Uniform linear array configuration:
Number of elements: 12
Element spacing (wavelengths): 0.25
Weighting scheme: exponential
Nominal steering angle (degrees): -15
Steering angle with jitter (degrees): -15.452
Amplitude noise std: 0.05
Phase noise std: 0.05

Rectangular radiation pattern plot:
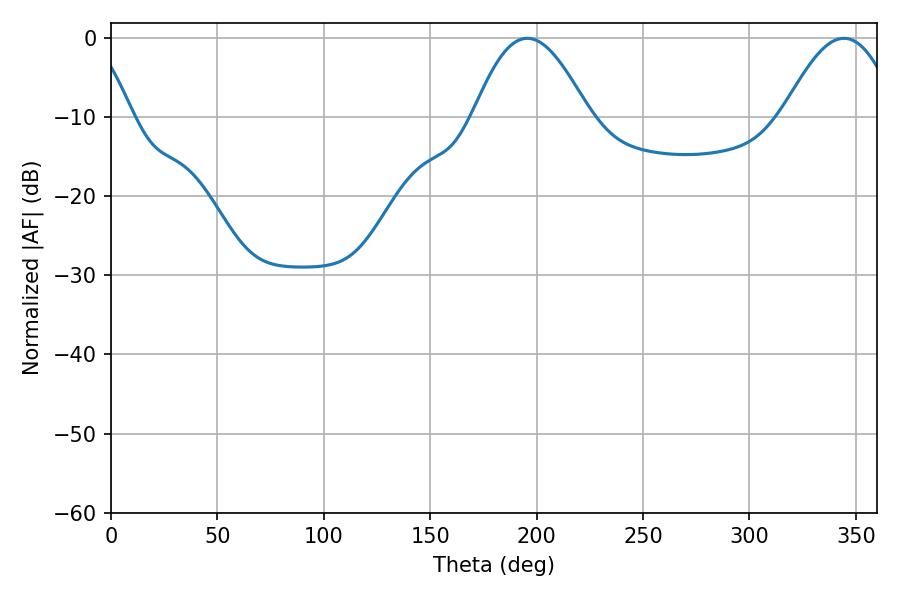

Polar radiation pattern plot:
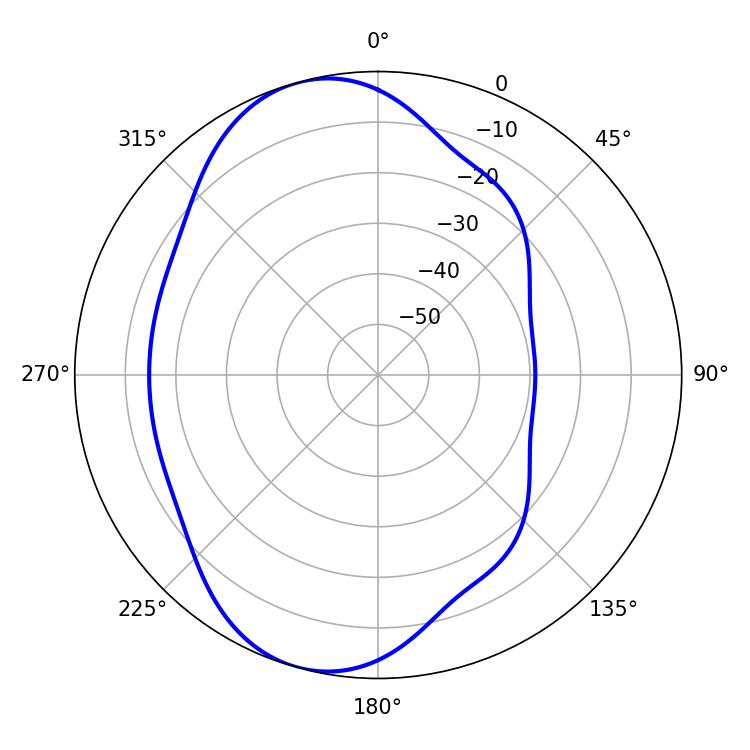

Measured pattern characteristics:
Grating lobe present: FALSE
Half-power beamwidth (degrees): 29.34
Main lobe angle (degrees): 195.66